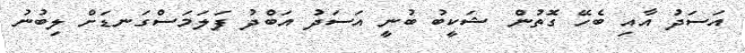
އަސަދު އާއި ބެހޭ ގޮތުން ޝަކީބު ބުނީ އަސަދު އަބްދު ފަލަމަސްގަނޑަށް ލިބުނު